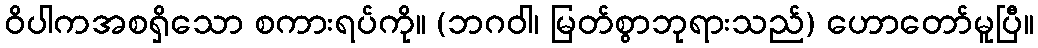
ဝိပါကအစရှိသော စကားရပ်ကို။ (ဘဂဝါ၊ မြတ်စွာဘုရားသည်) ဟောတော်မူပြီ။